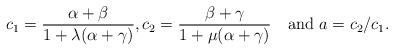
LaTeX: \begin{align*}c_1=\frac{\alpha+\beta}{1+\lambda(\alpha+\gamma)},c_2=\frac{\beta+\gamma}{1+\mu(\alpha+\gamma)}\quad\mbox{and } a=c_2/c_1.\end{align*}